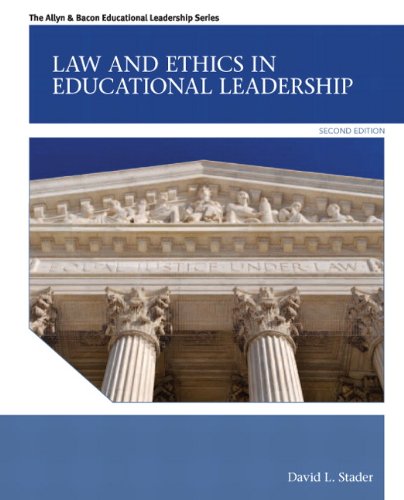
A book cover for Law and Ethics in Educational Leadership (2nd Edition) (Allyn & Bacon Educational Leadership); David L. Stader; Law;